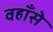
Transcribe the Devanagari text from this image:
वहाँसे